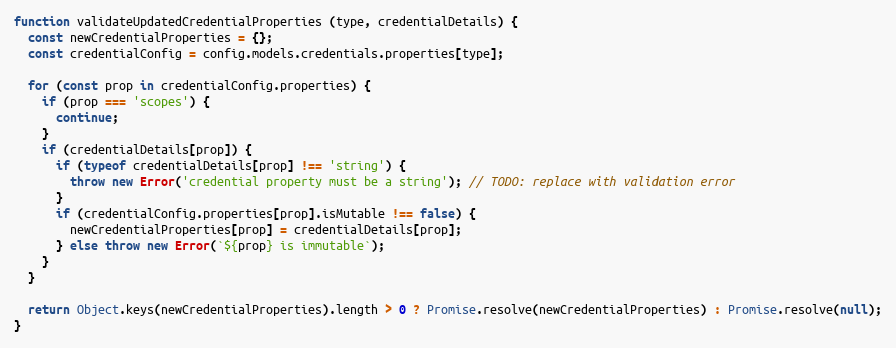
Language: JavaScript
function validateUpdatedCredentialProperties (type, credentialDetails) {
  const newCredentialProperties = {};
  const credentialConfig = config.models.credentials.properties[type];

  for (const prop in credentialConfig.properties) {
    if (prop === 'scopes') {
      continue;
    }
    if (credentialDetails[prop]) {
      if (typeof credentialDetails[prop] !== 'string') {
        throw new Error('credential property must be a string'); // TODO: replace with validation error
      }
      if (credentialConfig.properties[prop].isMutable !== false) {
        newCredentialProperties[prop] = credentialDetails[prop];
      } else throw new Error(`${prop} is immutable`);
    }
  }

  return Object.keys(newCredentialProperties).length > 0 ? Promise.resolve(newCredentialProperties) : Promise.resolve(null);
}